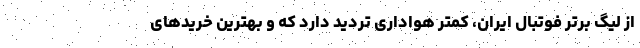
از لیگ برتر فوتبال ایران، کمتر هواداری تردید دارد که و بهترین خریدهای